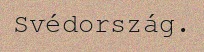
Svédország.